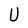
Character: U